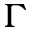
\Gamma